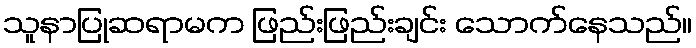
သူနာပြုဆရာမက ဖြည်းဖြည်းချင်း သောက်နေသည်။